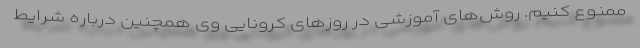
ممنوع کنیم. روش‌های آموزشی در روزهای کرونایی وی همچنین درباره شرایط